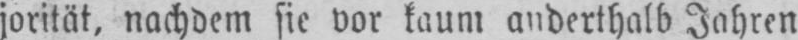
jorität, nachdem sie vor kaum anderthalb Jahren